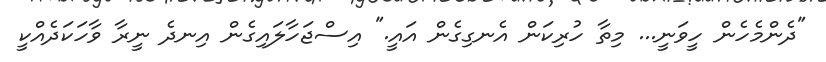
"ދެންމެހެން ހީވަނީ... މިތާ ހުރިކަން އެނގިގެން އައީ." އިސްޖަހާލައިގެން އިނދެ ނީރާ ވާހަކަދެއްކީ